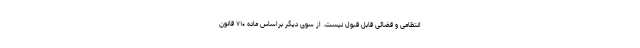
انتظامی و قضائی قابل قبول نیست. از سوی دیگر براساس ماده ۷۱۰ قانون